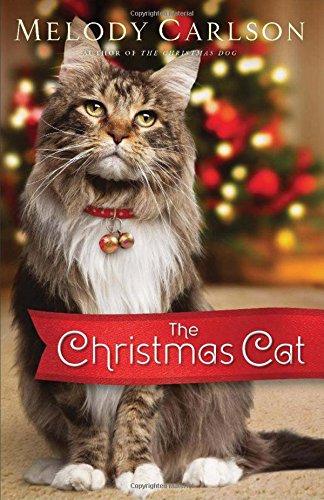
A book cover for The Christmas Cat; Melody Carlson; Romance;